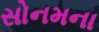
સોનમના